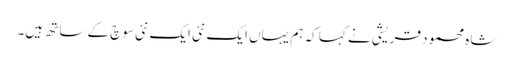
شاہ محمود قریشی نے کہا کہ ہم یہاں ایک نئی ایک نئی سوچ کے ساتھ ہیں۔